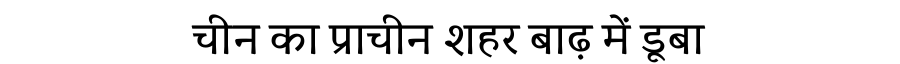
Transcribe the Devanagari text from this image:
चीन का प्राचीन शहर बाढ़ में डूबा